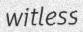
witless